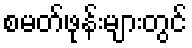
စမတ်ဖုန်းများတွင်